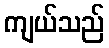
ကျယ်သည်